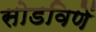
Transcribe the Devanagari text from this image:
सोडविणें